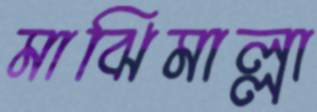
মাঝিমাল্লা